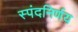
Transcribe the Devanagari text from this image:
स्पंदनिर्णय